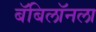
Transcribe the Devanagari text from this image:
बॅबिलॉनला